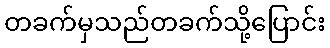
တခက်မှသည်တခက်သို့ပြောင်း